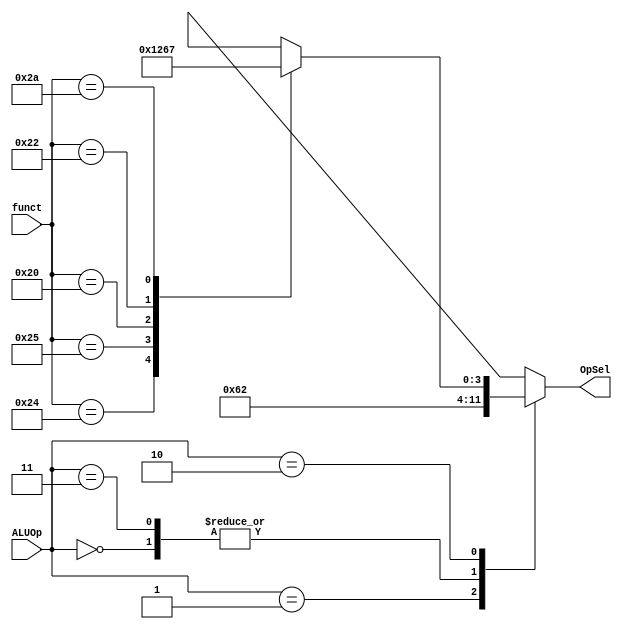
module ALUControl2 (
	
	input [1:0] ALUOp,	
	input [5:0] funct,
	
	output reg [3:0] OpSel
	);
	
	localparam 
			AND = 4'h0, 
			OR = 4'h1, 
			ADD = 4'h2, 
			SUB = 4'h6,
			SLT = 4'h7;
	
	always @(*) begin
		case(ALUOp) 
			2'b00: OpSel = ADD; // for sw and lw do add
			2'b01: OpSel = SUB; // for beq do sub
			2'b11: OpSel = ADD; // for addi do add
			2'b10: case(funct)  // for R-type instructions
				6'h24: OpSel = AND;
				6'h25: OpSel = OR;
				6'h20: OpSel = ADD;
				6'h22: OpSel = SUB;
				6'h2a: OpSel = SLT;
				default: OpSel = 4'hx;
			endcase
		endcase
	end
	
endmodule